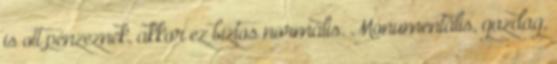
is ott pénzeznek, akkor ez biztos normális. Monumentális, gazdag,